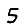
Digit: 5